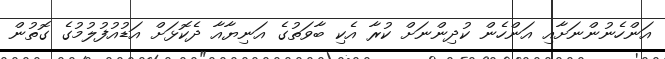
އަންހެނުންނަށާއި އަންހެން ކުދިންނަށް ކުރާ އެކި ބާވަތުގެ އަނިޔާއާ ދެކޮޅަށް އަޑުއުފުލުމުގެ ގޮތުން